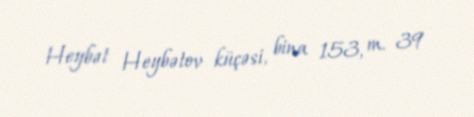
Heybət Heybətov küçəsi, bina 153, m. 39